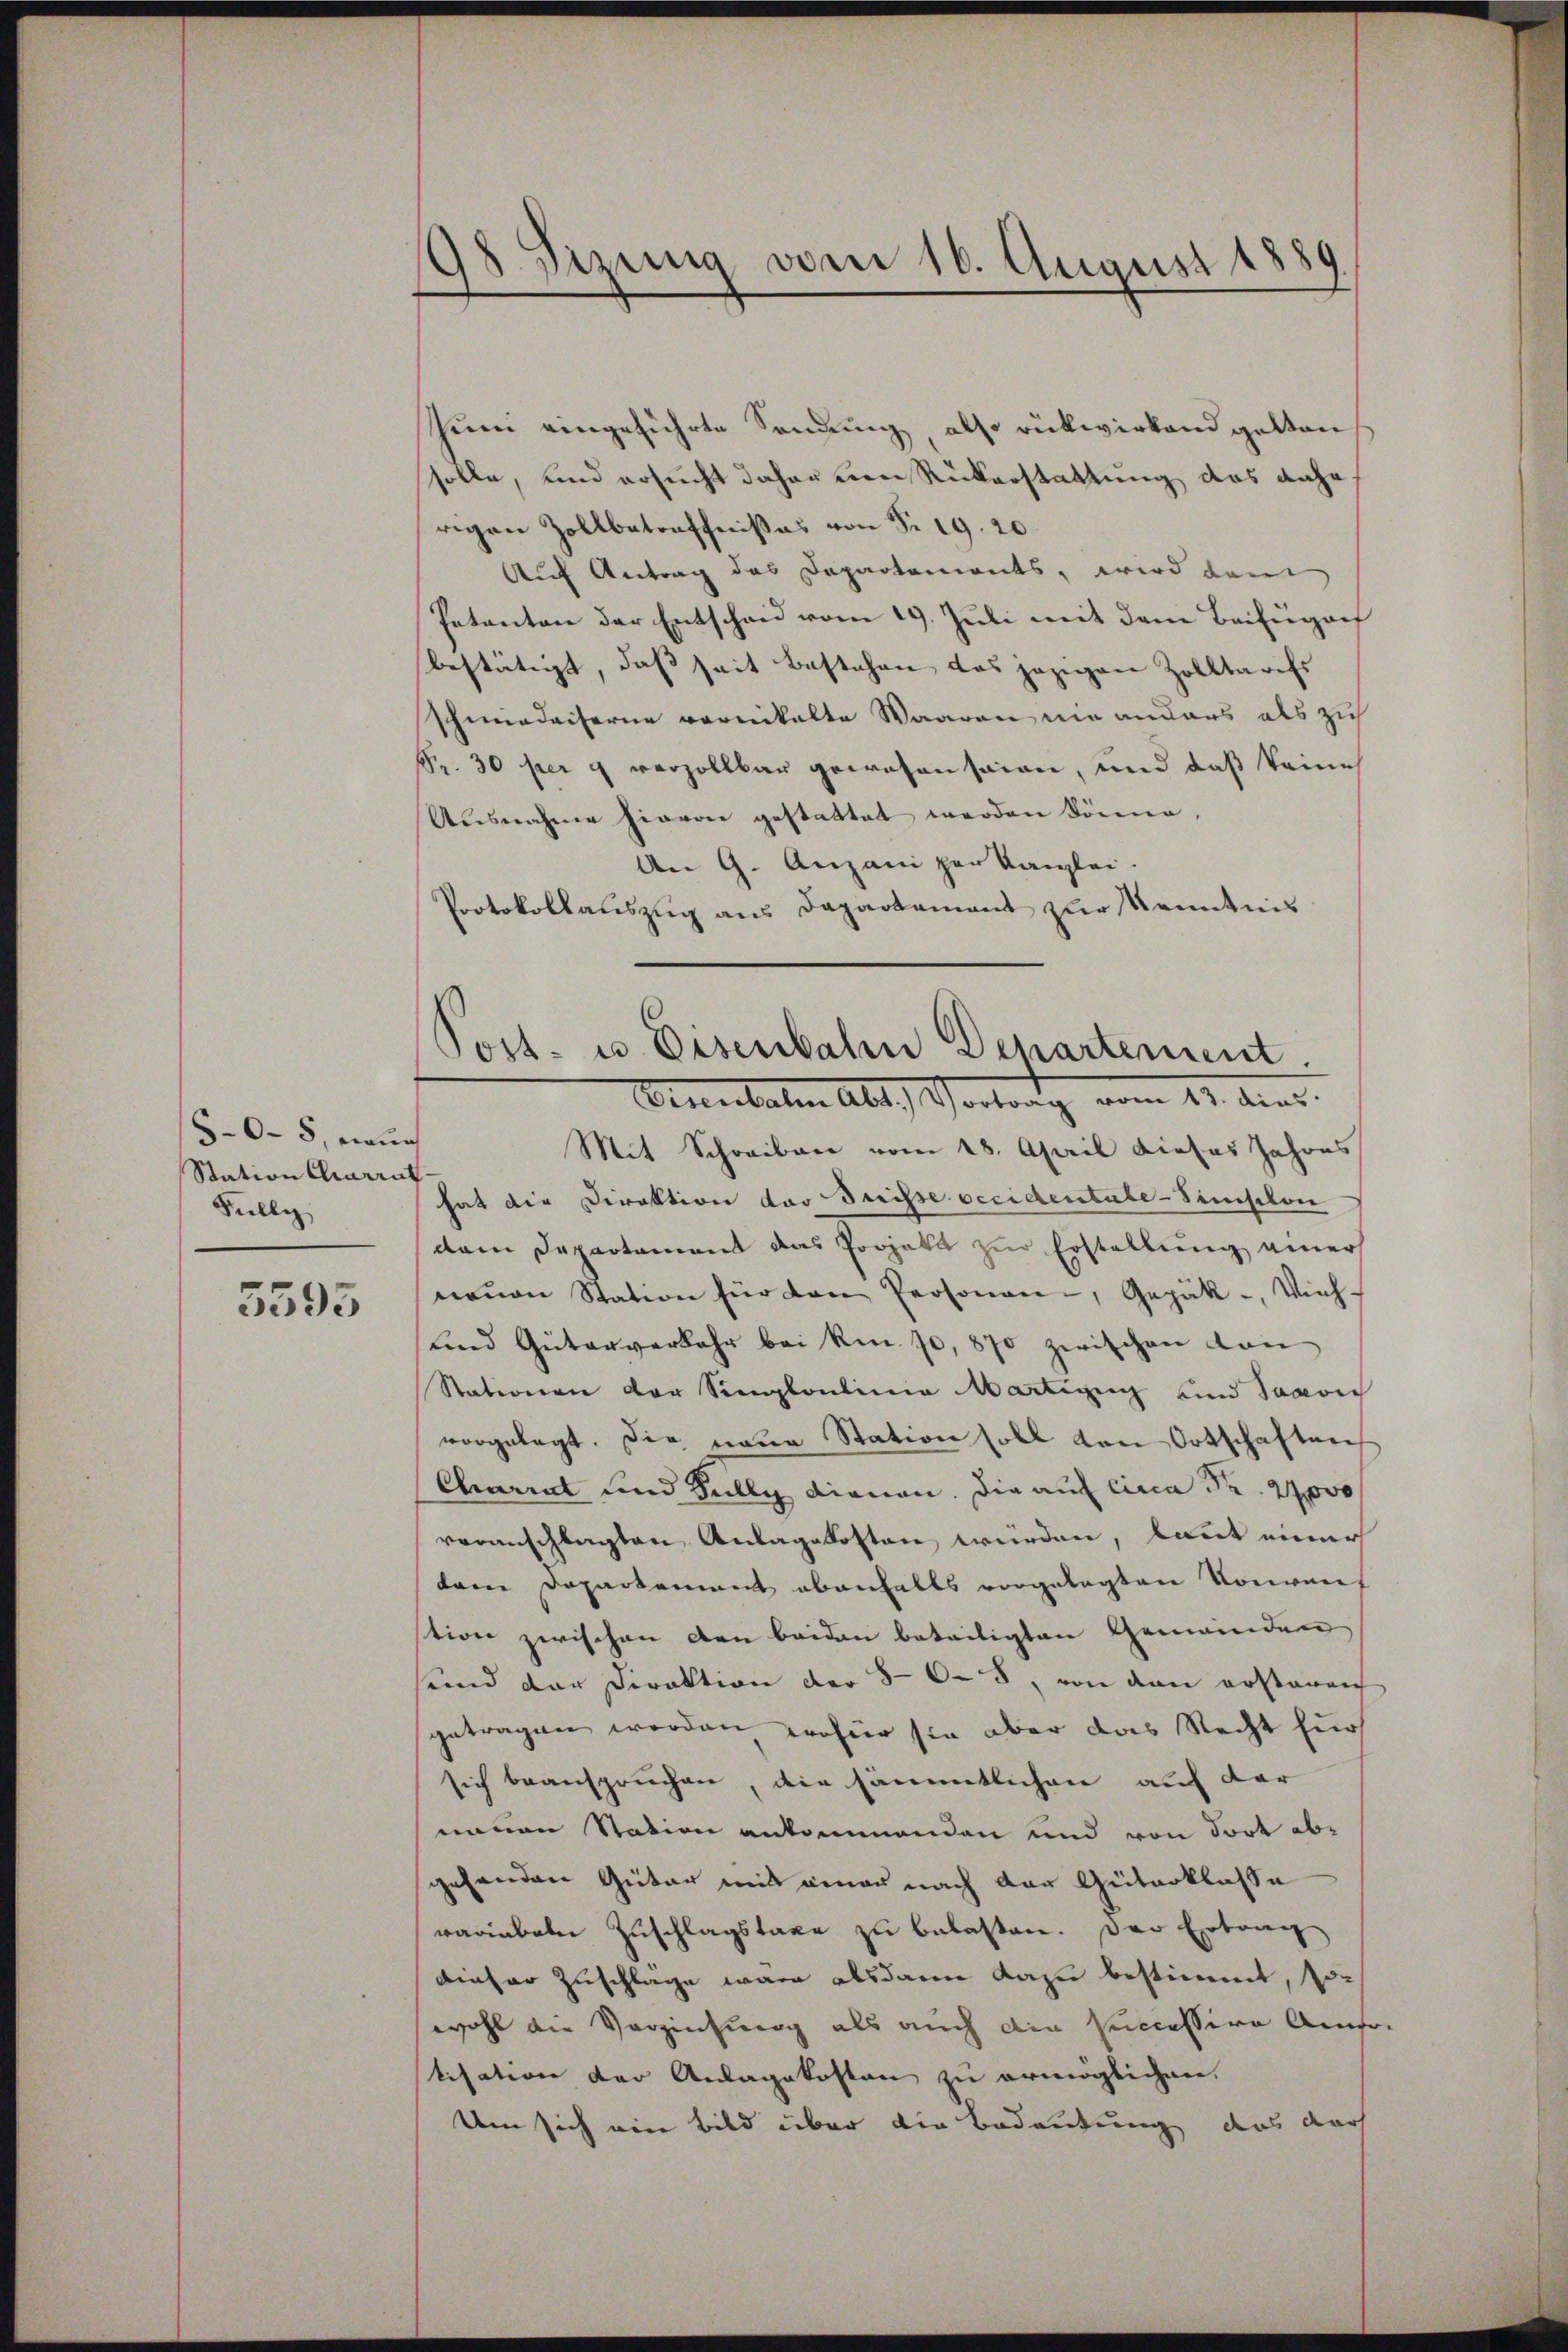
5-O. 8, nenn
Station Carrat.
Fully

5593

98. Sizung vom 16. August 1889

Zeen eingeführte Sendung, also rükwirkend gelten
solle, und ersucht daher von Rükerstattung das dahe
rigen Zollbetreffnißes von S. 19. 20.
Auf Antrag des Departements, wird dem
Petanton der Entscheid vom 19. Juli mit dem Beifügen
bestätigt, daß seit bestehen das jezigen Zolltarifs
hamedaiserne vorsikalte Waaren nie anders als zu
Fr. 30 per g verzollbar gewesen seien, und daß keine
Ausnahme hievon gestattet werden könne
An 9. Anzani per Kanzlei.
Protokollauszug aus Departement zur Kenntnis

Post- u. Eisenbahn Departement.
Pennitaten Abt. Vortrag vom 11. Aug.

Mit Schreiben vom 28. April dieses Jahres
hat die Direktion das Preisse occidentale - Simischon
dam Departement das Projekt zur Erstellung einer
neŭen Station für den Personen, Gepäk-, Vieh-
und Güterverbahr bei kn. 70, 870 zwischen von
Stationen der Simplontinia Martinen und Saavic
vorgelegt. Die neŭe Station soll von Ortschaften
Chariat und Fully dianan. Die auf circa Fr. 27000
veranschlagten Anlagskosten würden, kannt einer
dem Departement ebenfalls vorgelegten Konven
tion zwischen den beiden beteiligten Gemeinden
sund der Direktion der 80-5, von den erstaren
getragen worden, wofür sie aber das Recht für
sich beanspruchen, die sämmtlichen auf der
neuen Stadion ankommenden und von dort abe
gehenden Güter mit einau nach der Güterklasse
waribale Zŭschlagstaxe zŭ belasten. Der Ertrag
dieser Zuschläge wäre alsdann dazu bestimmt, sowohl die Vorziehung als auch die successive Amso-
tisation der Anlagekosten zu ermöglichen.
Um sich ein Bild über die Bedeutung das doch